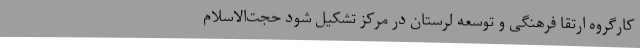
کارگروه ارتقا فرهنگی و توسعه لرستان در مرکز تشکیل شود حجت‌الاسلام